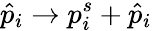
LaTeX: \hat{p}_{i}\rightarrow p_{i}^{s}+\hat{p}_{i}